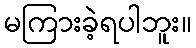
မကြားခဲ့ရပါဘူး။